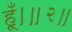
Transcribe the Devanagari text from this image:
हूँ।॥२॥